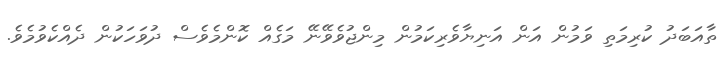
ތާއަބަދު ކުރިމަތި ވަމުން އަން އަނިޔާވެރިކަމުން މިންޖުވެވޭނޭ މަގެއް ކޮންމެވެސް ދުވަހަކުން ދެއްކެވުމެވެ.